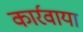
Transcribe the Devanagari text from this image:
कार्रवाया